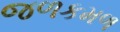
જળકમળ